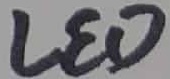
Text: LED